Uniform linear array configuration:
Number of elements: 24
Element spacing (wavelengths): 0.25
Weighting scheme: hamming
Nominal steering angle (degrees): -30
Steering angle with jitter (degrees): -29.381
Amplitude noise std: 0.05
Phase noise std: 0.05

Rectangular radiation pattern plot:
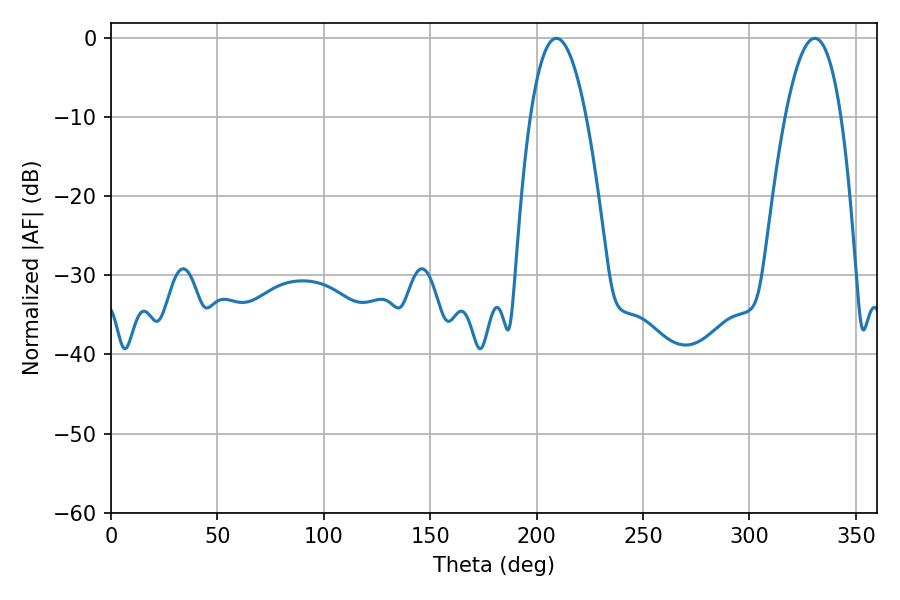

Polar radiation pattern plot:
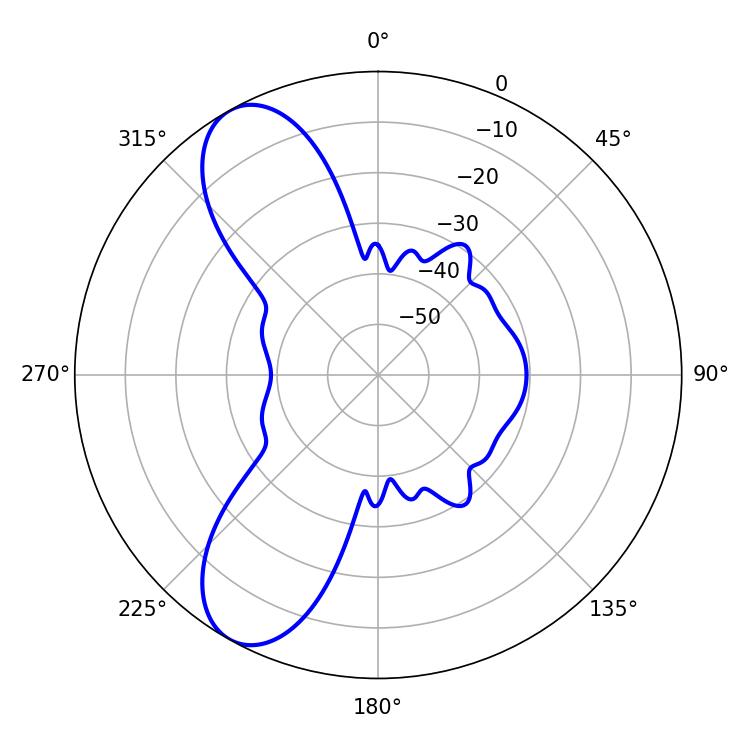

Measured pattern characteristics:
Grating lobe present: FALSE
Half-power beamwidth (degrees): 14.4
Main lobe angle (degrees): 209.34